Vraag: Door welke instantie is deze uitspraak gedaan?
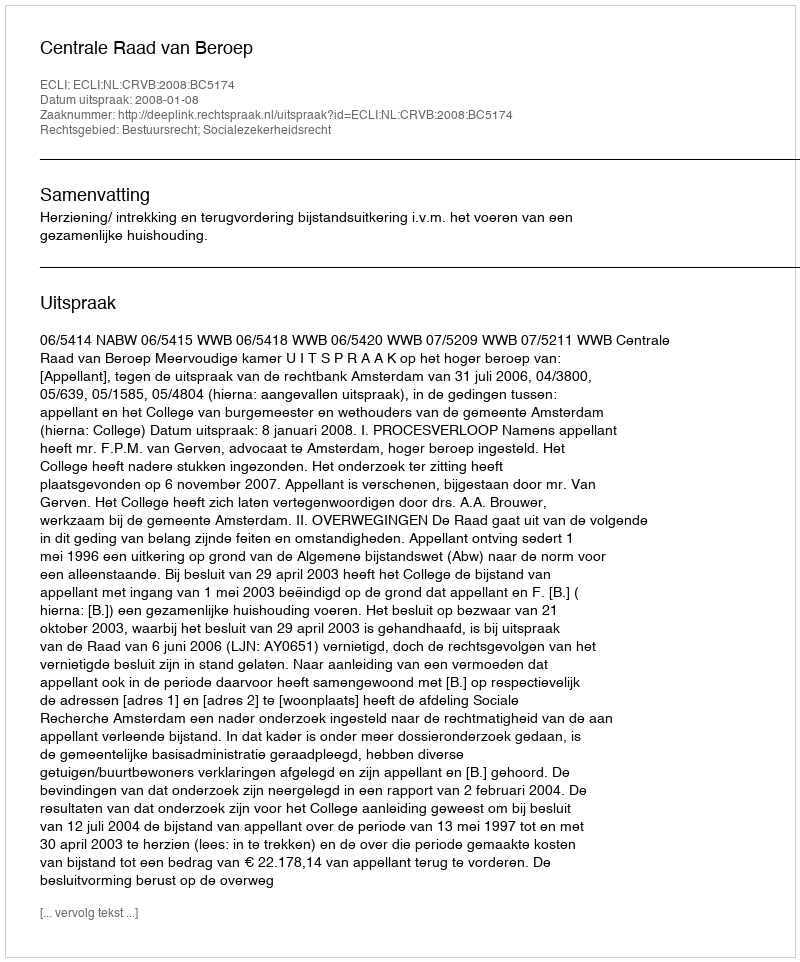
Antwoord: Centrale Raad van Beroep